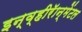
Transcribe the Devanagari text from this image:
इन्व्हीरॅान्मेंटल